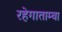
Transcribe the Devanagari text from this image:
रहेगाताम्बा